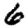
Digit: 6